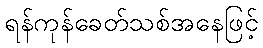
ရန်ကုန်ခေတ်သစ်အနေဖြင့်